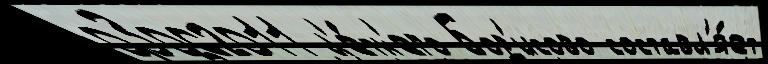
03062011 л'е́тн'его Бор'исово составл'я́ет